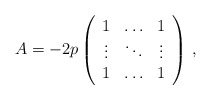
\begin{align*}A = -2p\left(\begin{array}{ccc} 1 & \ldots & 1 \\ \vdots & \ddots & \vdots \\ 1 & \ldots & 1 \end{array}\right)\,,\end{align*}